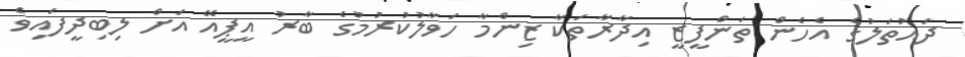
ދައުތަލުގެ އެހެން ތަންފީޒީ އިދާރާތަކާ ޒިންމާ ހަވާލުކުރުމުގެ ބާރު އީޕީއޭ އަށް ލިބިދީފައިވެ